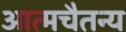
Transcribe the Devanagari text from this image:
आत्मचैतन्य